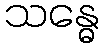
သန္ဓေ